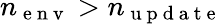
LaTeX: n_{\mathrm{~e~n~v~}}>n_{\mathrm{~u~p~d~a~t~e~}}